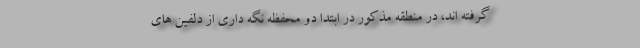
گرفته اند، در منطقه مذکور در ابتدا دو محفظه نگه داری از دلفین های